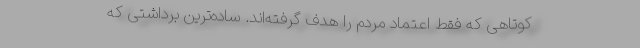
کوتاهی که فقط اعتماد مردم را هدف گرفته‌اند. ساده‌ترین برداشتی که